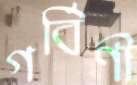
গর্বিণী